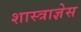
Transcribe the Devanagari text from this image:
शास्त्राज्ञेस